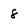
Character: 8